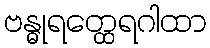
ဗန္ဓုရတ္ထေရဂါထာ